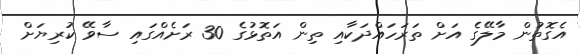
އެގޮތުން މާލޭގެ އަށް ތަރަހައްދަކާއި ތިން އަތޮޅުގެ 30 ރަށެއްގައި ސާވޭ ކުރިޔަށް